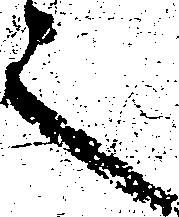
之